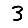
Digit: 3